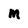
Character: M